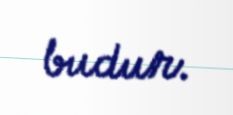
budur.